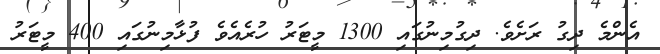
އެންމެ ދިގު ރަށެވެ. ދިގުމިނުގައި 1300 މީޓަރު ހުރެއެވެ ފުޅާމިނުގައި 400 މީޓަރު